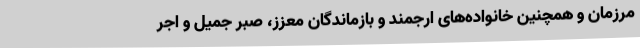
مرزمان و همچنین خانواده‌های ارجمند و بازماندگان معزز، صبر جمیل و اجر